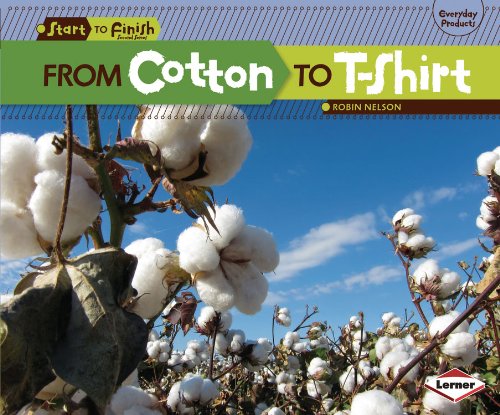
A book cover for From Cotton to T-Shirt (Start to Finish, Second Series: Everyday Products); Robin Nelson; Children's Books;